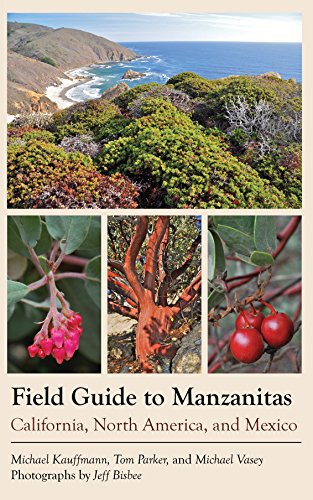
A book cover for Field Guide to Manzanitas; Michael Edward Kauffmann; Science & Math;